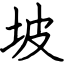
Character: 坡